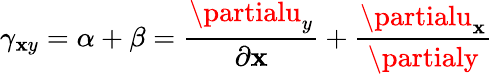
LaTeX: \gamma_{\mathbf{x}y}=\alpha+\beta={\frac{{\partialu_{y}}}{{\partial\mathbf{x}}}}+{\frac{{\partialu_{\mathbf{x}}}}{{\partialy}}}\,